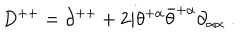
LaTeX: D ^ { + + } = \partial ^ { + + } + 2 i \theta ^ { + \alpha } \bar { \theta } ^ { + \dot { \alpha } } \partial _ { \alpha \dot { \alpha } } \; .